Vaccination in Burma 1889-1999 - 1889-1999
Year: 1889
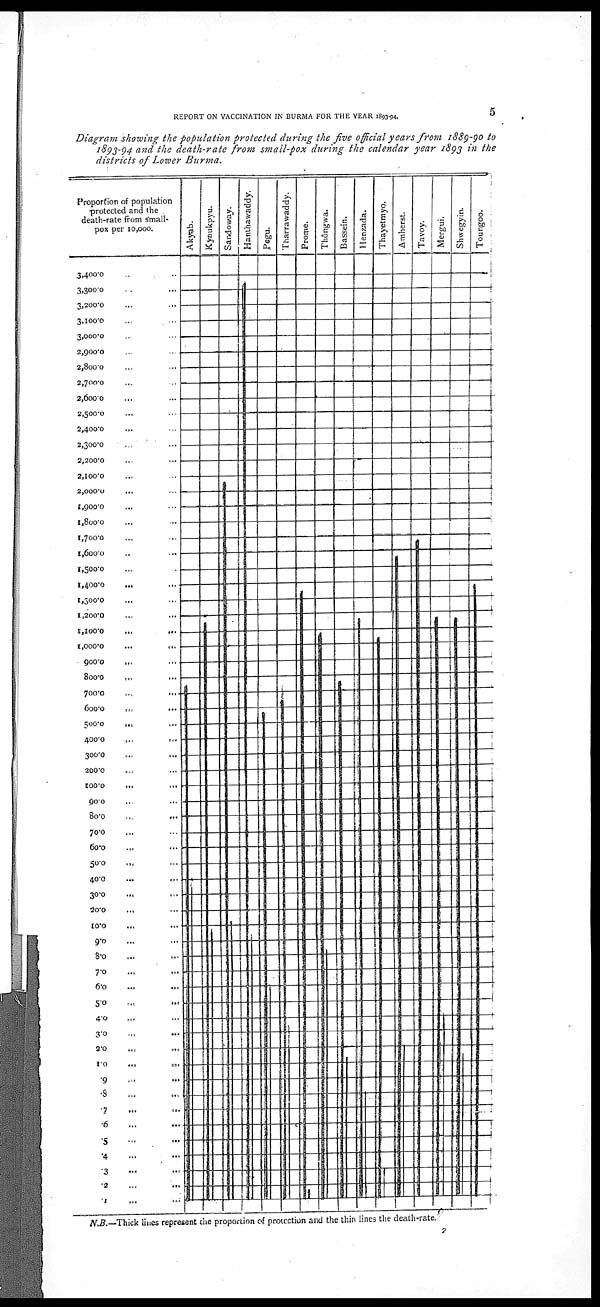
REPORT ON VACCINATION IN BURMA FOR THE YEAR 1893-94.
5
Diagram showing the population protected during the five official years from 1889-90 to
1893-94 and the death-rate from small-pox during the calendar year 1893 in the
districts of Lower Burma.